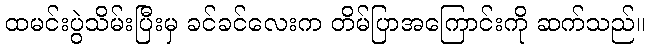
ထမင်းပွဲသိမ်းပြီးမှ ခင်ခင်လေးက တိမ်ပြာအကြောင်းကို ဆက်သည်။